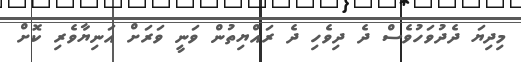
މިދިޔަ ދެދުވަހުވެސް ދެ ދިވެހި ދެ ރައްޔިތުން ވަނީ ވަރަށް އަނިޔާވެރި ކޮށް